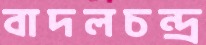
বাদলচন্দ্র